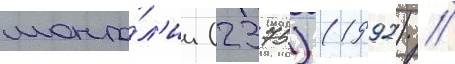
монго́л'ии (2375) (1992) //